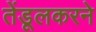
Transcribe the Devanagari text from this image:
तेंडूलकरने